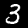
Digit: 3